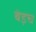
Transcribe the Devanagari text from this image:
बेड़च